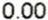
0.00